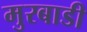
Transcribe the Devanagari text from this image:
मुरबाडी